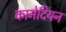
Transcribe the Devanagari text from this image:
कामेदियन